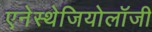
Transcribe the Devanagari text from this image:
एनेस्थेजियोलॉजी